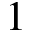
1